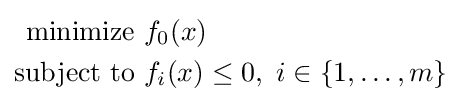
{\begin{aligned}{\text{minimize }}&f_{0}(x)\\{\text{subject to }}&f_{i}(x)\leq 0,\ i\in \left\{1,\ldots ,m\right\}\\\end{aligned}}